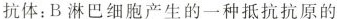
抗体：B淋巴细胞产生的一种抵抗抗原的